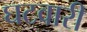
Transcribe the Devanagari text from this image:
घटवारी